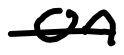
Text: on
Cross-out: mix
Writing tool: digital_black